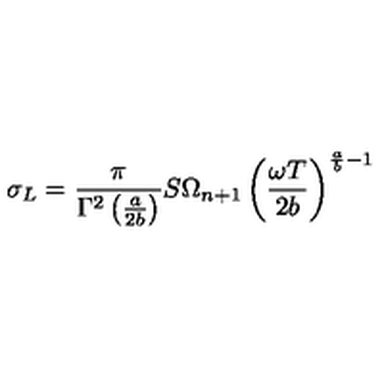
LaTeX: \sigma _ { L } = \frac { \pi } { \Gamma ^ { 2 } \left( \frac { a } { 2 b } \right) } S \Omega _ { n + 1 } \left( \frac { \omega T } { 2 b } \right) ^ { \frac { a } { b } - 1 }